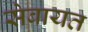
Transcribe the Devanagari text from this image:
सेबायत